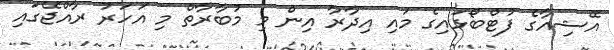
އޭޝިއާގެ ފުޓްބޯޅައިގެ މައި އިދާރާ އިން މި މުބާރާތް މި އަހަރު ރާއްޖޭގައި